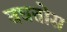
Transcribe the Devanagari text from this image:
बघतोस